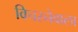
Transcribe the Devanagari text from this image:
विचरनेवाला